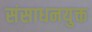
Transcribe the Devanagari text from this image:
संसाधनयुक्त